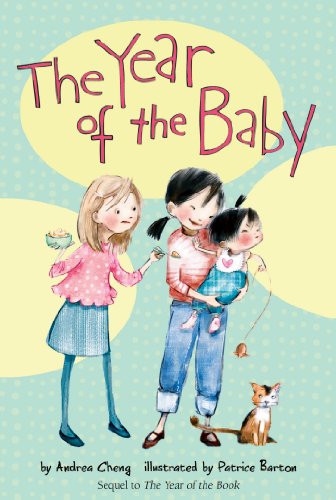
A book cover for The Year of the Baby (An Anna Wang novel); Andrea Cheng; Children's Books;